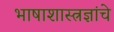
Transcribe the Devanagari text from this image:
भाषाशास्त्रज्ञांचे